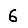
Digit: 6